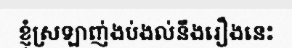
ខ្ញុំស្រឡាញ់ងប់ងល់នឹងរឿងនេះ